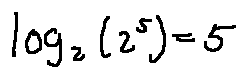
\log _ { 2 } ( 2 ^ { 5 } ) = 5